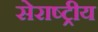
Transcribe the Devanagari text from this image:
सेराष्ट्रीय